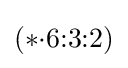
(*{\cdot }6{:}3{:}2)